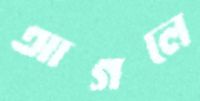
আগলে